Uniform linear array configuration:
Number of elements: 48
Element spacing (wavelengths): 1
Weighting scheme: cosine
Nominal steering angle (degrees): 45
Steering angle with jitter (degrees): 45.032
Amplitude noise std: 0.05
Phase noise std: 0.05

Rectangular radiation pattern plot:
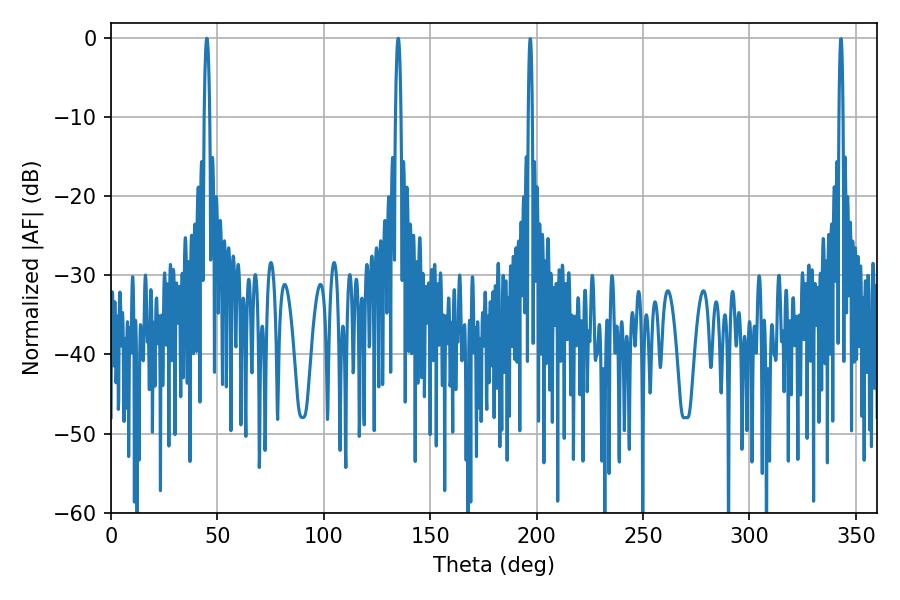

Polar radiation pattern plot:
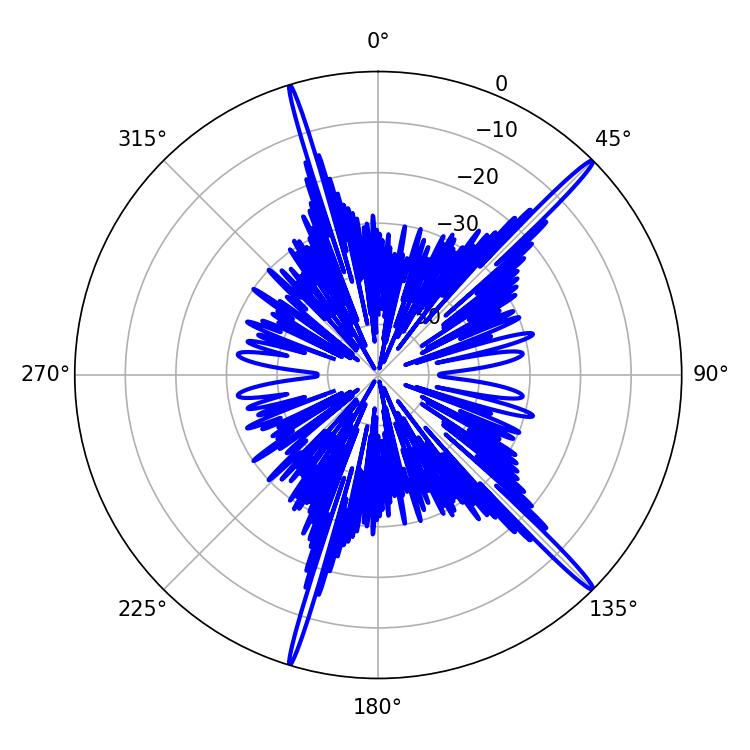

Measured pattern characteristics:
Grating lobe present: TRUE
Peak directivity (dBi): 18.356
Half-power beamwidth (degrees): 1.44
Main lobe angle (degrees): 135